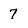
Character: 7